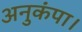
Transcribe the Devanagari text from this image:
अनुकंपा।